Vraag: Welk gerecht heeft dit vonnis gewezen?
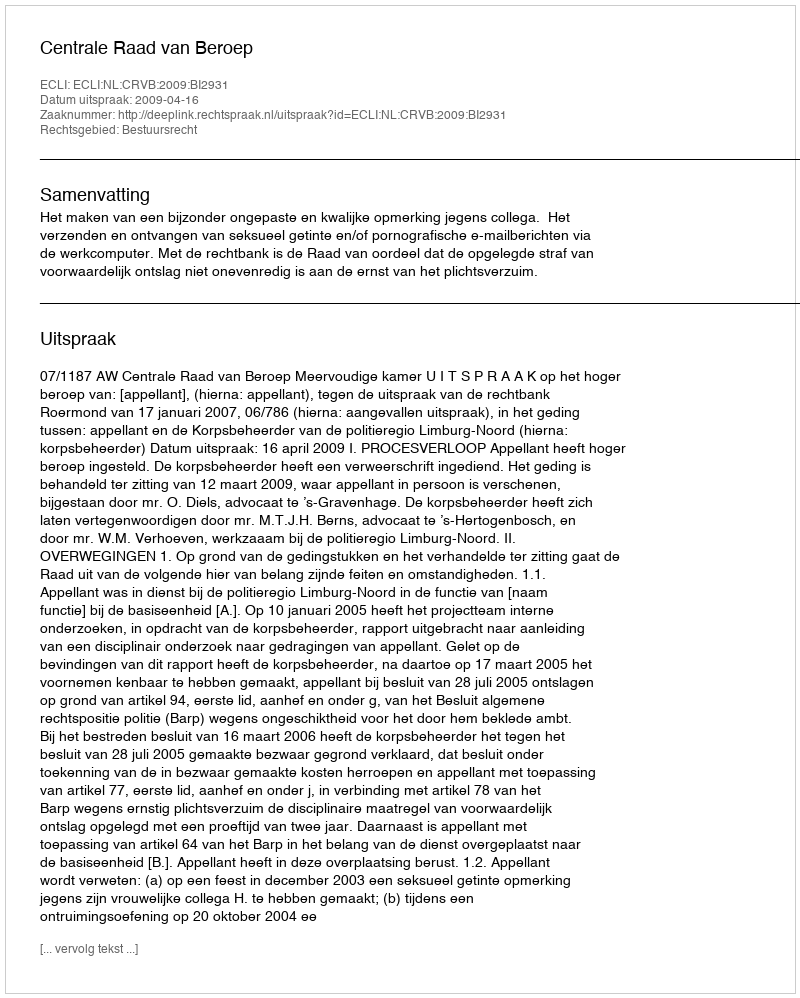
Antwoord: Centrale Raad van Beroep